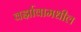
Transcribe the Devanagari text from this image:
वर्झावामधील